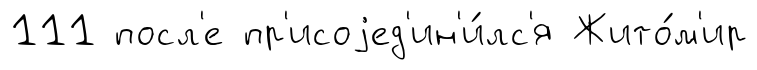
111 посл'е пр'исоjед'ин'и́лс'я Жито́м'ир